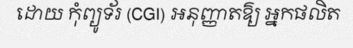
ដោយ កុំព្យូទ័រ (CGI) អនុញ្ញាតឱ្យ អ្នកផលិត